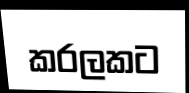
කරලකට